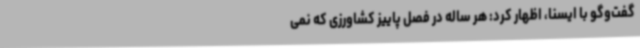
گفت‌وگو با ایسنا، اظهار کرد: هر ساله در فصل پاییز کشاورزی که نمی‌